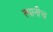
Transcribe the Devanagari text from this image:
त्यानीच